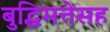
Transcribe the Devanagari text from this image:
बुद्धिमत्तेसह